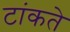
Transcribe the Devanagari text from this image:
टांकते